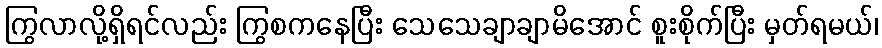
ကြွလာလို့ရှိရင်လည်း ကြွစကနေပြီး သေသေချာချာမိအောင် စူးစိုက်ပြီး မှတ်ရမယ်၊